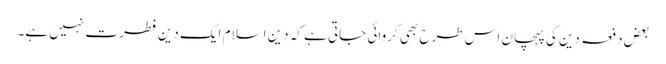
بعض دفعہ دین کی پہچان اس طرح بھی کروائی جاتی ہے کہ دین اسلام ایک دین فطرت نہیں ہے۔